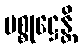
ပစ္စုဋ္ဌေန္တိ